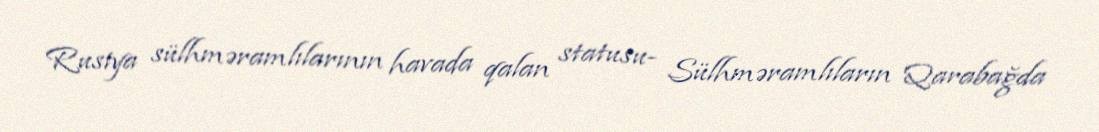
Rusiya sülhməramlılarının havada qalan statusu- Sülhməramlıların Qarabağda